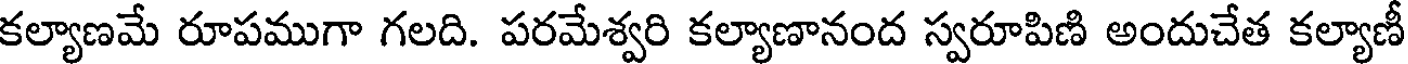
కల్యాణమే రూపముగా గలది. పరమేశ్వరి కల్యాణానంద స్వరూపిణి అందుచేత కల్యాణీ